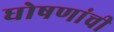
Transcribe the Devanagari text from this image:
घोषणांची